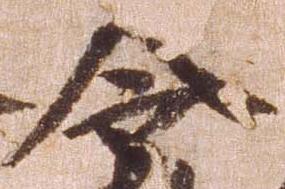
令